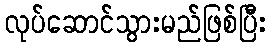
လုပ်ဆောင်သွားမည်ဖြစ်ပြီး